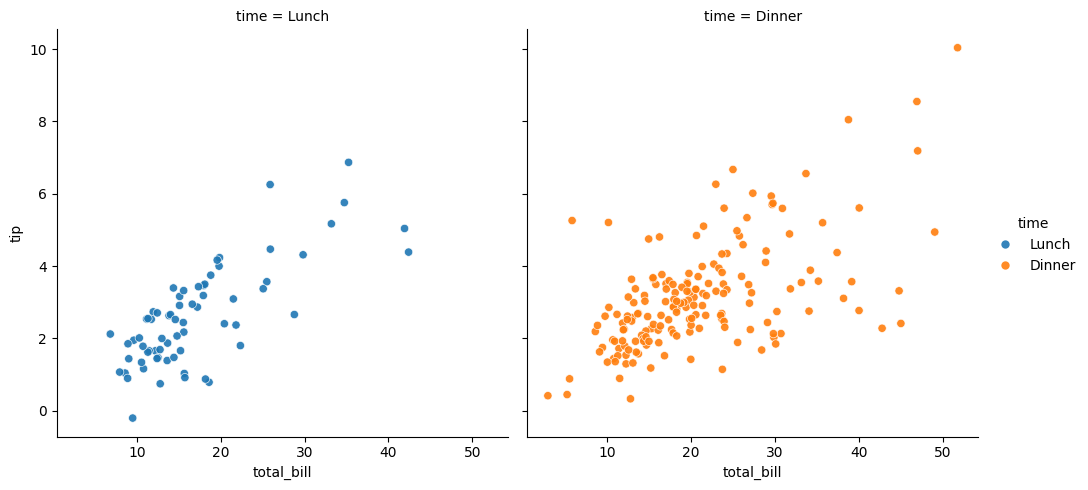
python, seaborn, relplot, alpha=0.9